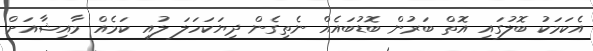
އެކަމަކު ބޮލުގައި އޮތް ބަރުން ބޮޑުބައެއް ނެތިގެން ދިޔަކަހަލަ ލުއި ކަމެއް މާއިޝާއަށް